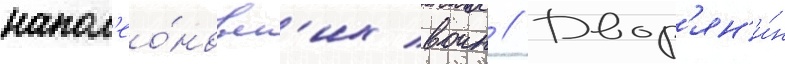
напол'ео́новск'их воин // Двор'ян'и́н